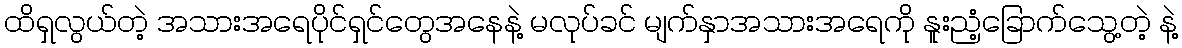
ထိရှလွယ်တဲ့ အသားအရေပိုင်ရှင်တွေအနေနဲ့ မလုပ်ခင် မျက်နှာအသားအရေကို နူးညံ့ခြောက်သွေ့တဲ့ နဲ့